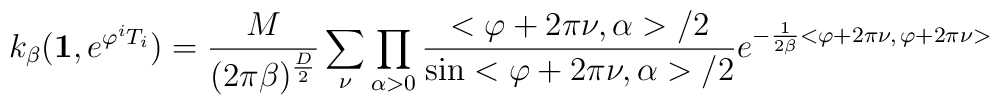
k_{\beta}(\mbox{\bf 1}, e^{\varphi^iT_i})= \frac{M}{(2\pi\beta)^{\frac{D}{2}}}\sum_{\nu}\prod_{\alpha>0}\frac{<\varphi+2\pi\nu,\alpha>/2}      {\sin <\varphi+2\pi\nu,\alpha>/2}e^{-\frac{1}{2\beta}<\varphi+2\pi\nu,\,\varphi+2\pi\nu>}